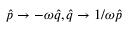
\hat { p } \rightarrow - \omega \hat { q } , \hat { q } \rightarrow 1 / \omega \hat { p }